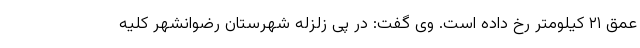
عمق ۲۱ کیلومتر رخ داده است. وی گفت: در پی زلزله شهرستان رضوانشهر کلیه